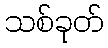
သစ်ခုတ်